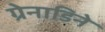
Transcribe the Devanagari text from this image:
ग्रेनाडिने